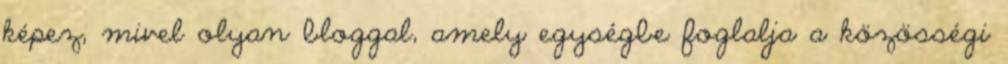
képez, mivel olyan bloggal, amely egységbe foglalja a közösségi